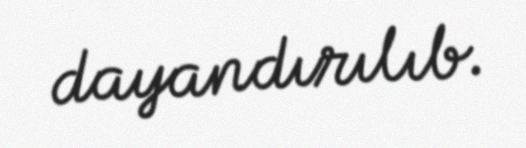
dayandırılıb.